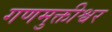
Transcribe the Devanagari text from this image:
गणमुक्तीश्वर